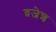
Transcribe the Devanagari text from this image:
व्रजेश